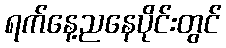
ရက်နေ့ညနေပိုင်းတွင်